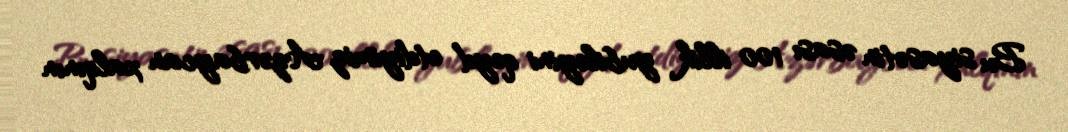
Bu siyasətin əsası 100 illik yubileyini qeyd etdiyimiz Azərbaycan xalqının